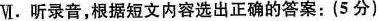
Ⅵ. 听录音，根据短文内容选出正确的答案：(5 分)